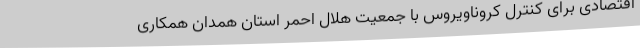
اقتصادی برای کنترل کروناویروس با جمعیت هلال احمر استان همدان همکاری